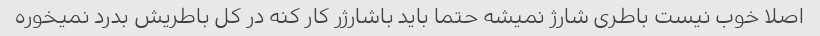
اصلا خوب نیست باطری شارژ نمیشه حتما باید باشارژر کار کنه در کل باطریش بدرد نمیخوره